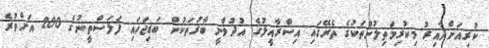
ކުރިއަށްދާއިރު މިކުރިމަތިލުންތަކުގެ ތެރޭގައި އިސްރާއީލުގެ އުދުވާނީ ބާރުތަކުން ބަޑިޖަހައި ފަލަސްތީނުގެ 200 އަށްވުރެ